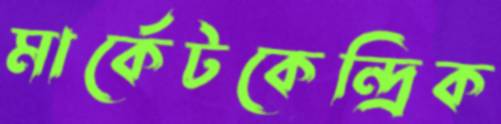
মার্কেটকেন্দ্রিক